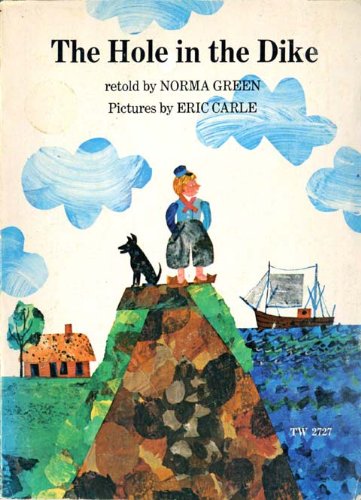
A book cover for The Hole in the Dike (A Blue Ribbon Book); Norma B. Green; Children's Books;